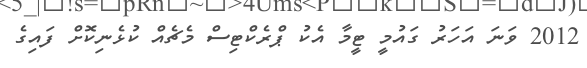
2012 ވަނަ އަހަރު ގައުމީ ޓީމާ އެކު ޕްރެކްޓިސް މެޗެއް ކުޅެނިކޮށް ފައިގެ